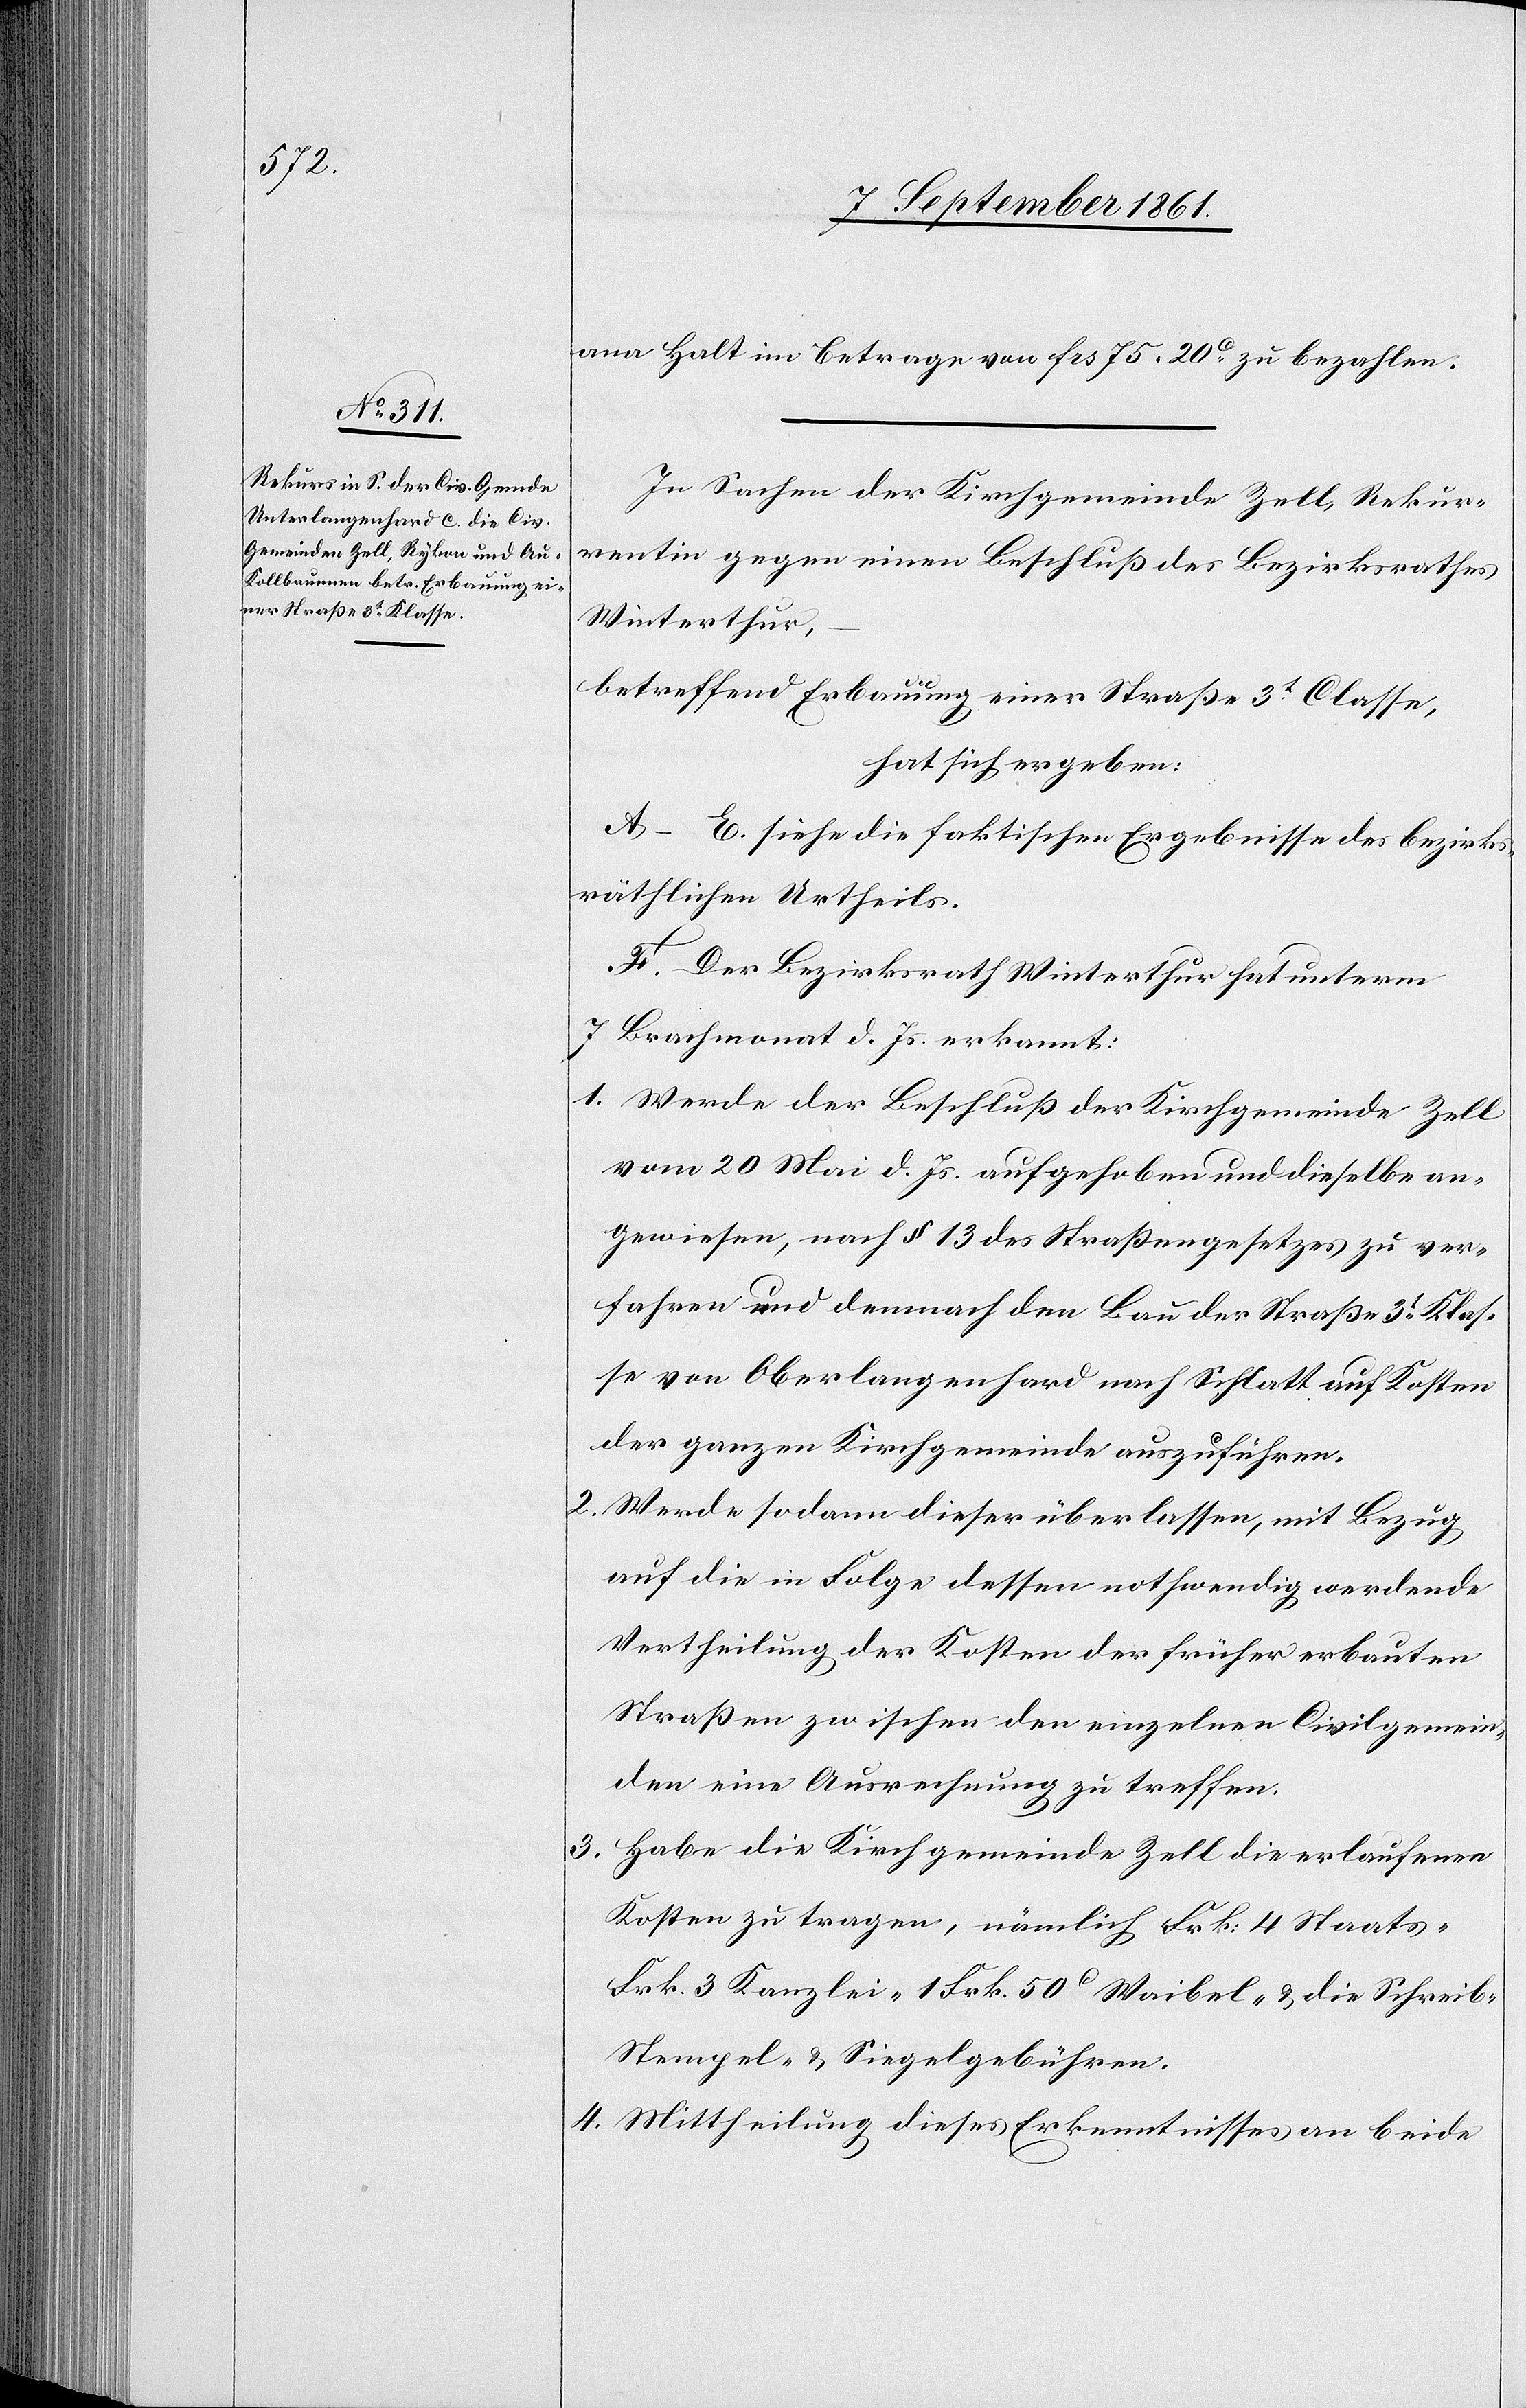
Halt im Betrage von frs 75.20c zu bezahlen.
In Sachen der Kirchgemeinde Zell, Rekur¬
rentin gegen einen Beschluß des Bezirksrathes
Winterthur,
betreffend Erbauung einer Straße 3t Classe,
hat sich ergeben:
A–E. siehe die faktischen Ergebnisse des bezirks¬
räthlichen Urtheils.
F. Der Bezirksrath Winterthur hat unterm
7 Brachmonat d. Js. erkannt:
1. Werde der Beschluß der Kirchgemeinde Zell
vom 20 Mai d. Js. aufgehoben und dieselbe an¬
gewiesen, nach § 13 des Straßengesetzes zu ver¬
fahren und demnach den Bau der Straße 3t Klas¬
se von Oberlangenhard nach Schlatt auf Kosten
der ganzen Kirchgemeinde auszuführen.
2. Werde sodann dieser überlassen, mit Bezug
auf die in Folge dessen nothwendig werdende
Vertheilung der Kosten der früher erbauten
Straßen zwischen den einzelnen Civilgemein¬
den eine Ausrechnung zu treffen.
3. Habe die Kirchgemeinde Zell die erlaufenen
Kosten zu tragen, nämlich Frk 4 Staats-[,]
Frk. 3 Kanzlei-[,] 1 Frk. 50c Waibel- u. die Schreib-[,]
Stempel- u. Siegelgebühren.
4. Mittheilung dieses Erkenntnisses an beide